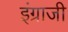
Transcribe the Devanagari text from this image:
इंग्राजी